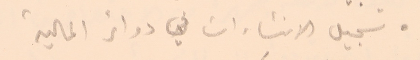
● تسجيل الانشاءات في دوائر المالية